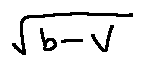
\sqrt { b - V }